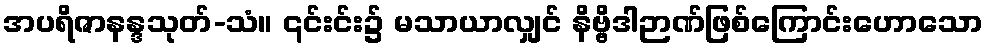
အပရိဇာနန္ဒသုတ်-သံ။ ၎င်းင်း၌ မသာယာလျှင် နိဗ္ဗိဒါဉာဏ်ဖြစ်ကြောင်းဟောသော